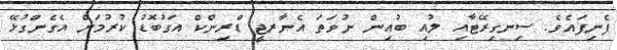
ފެނިފައެވެ. ސިނގިރޭޓާއި ލުއި ބުއިން ނުވަތަ އެނާރޖީ ޑްރިންކް އަގުބޮޑު ކުރުމަށް އެގެންގުޅޭ